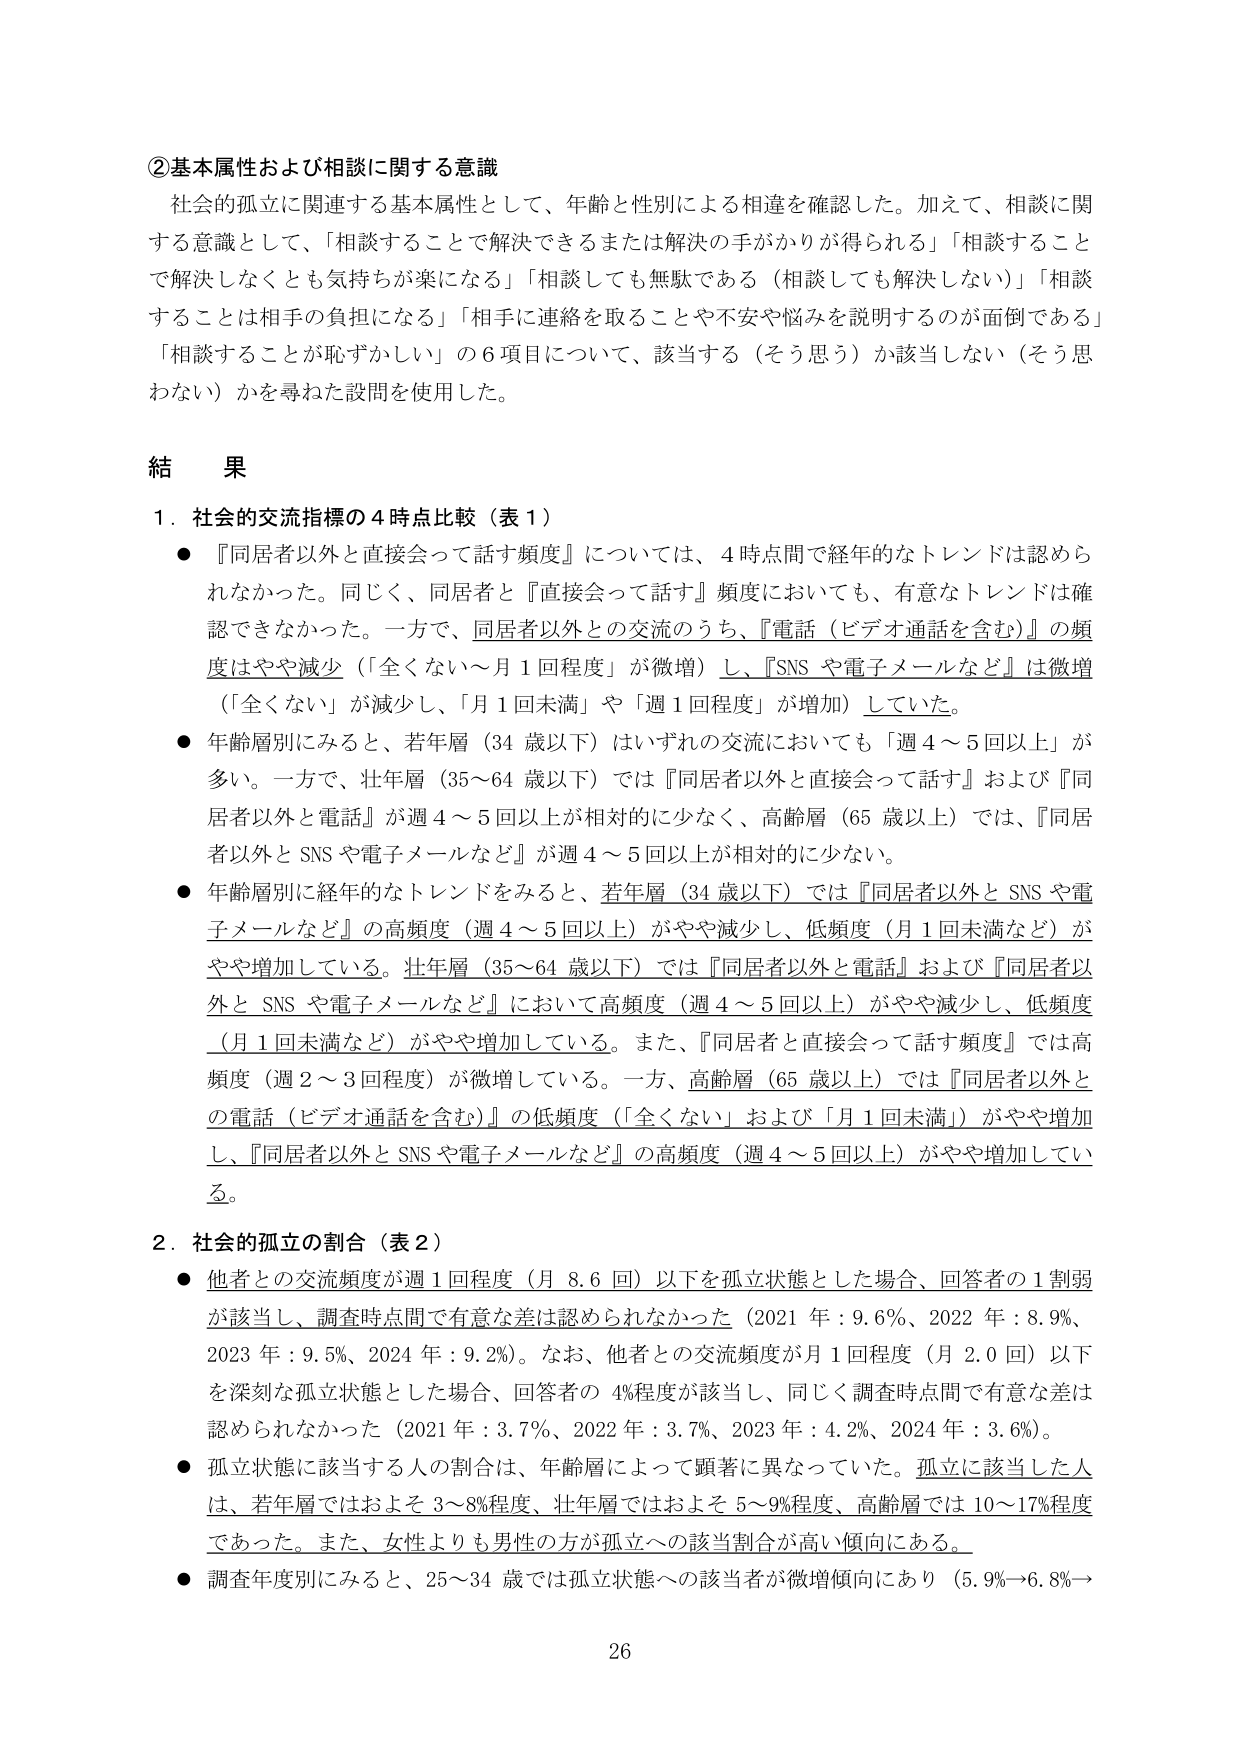
②基本属性および相談に関する意識
社会的孤立に関連する基本属性として、年齢と性別による相違を確認した。加えて、相談に関する意識として、「相談することで解決できるまたは解決の手がかりが得られる」「相談することで解決しなくとも気持ちが楽になる」「相談しても無駄である（相談しても解決しない）」「相談することは相手の負担になる」「相手に連絡を取ることや不安や悩みを説明するのが面倒である」「相談することが恥ずかしい」の6項目について、該当する（そう思う）か該当しない（そう思わない）かを尋ねた設問を使用した。

結果
1．社会的交流指標の4時点比較（表1）
●『同居者以外と直接会って話す頻度』については、4時点間で経年的なトレンドは認められなかった。同じく、同居者と『直接会って話す』頻度においても、有意なトレンドは確認できなかった。一方で、同居者以外との交流のうち、『電話（ビデオ通話を含む）』の頻度はやや減少（「全くない～月1回程度」が微増）し、『SNSや電子メールなど』は微増（「全くない」が減少し、「月1回未満」や「週1回程度」が増加）していた。
●年齢層別にみると、若年層（34歳以下）はいずれの交流においても「週4～5回以上」が多い。一方で、壮年層（35～64歳以下）では『同居者以外と直接会って話す』および『同居者以外と電話』が週4～5回以上が相対的に少なく、高齢層（65歳以上）では、『同居者以外とSNSや電子メールなど』が週4～5回以上が相対的に少ない。
●年齢層別に経年的なトレンドをみると、若年層（34歳以下）では『同居者以外とSNSや電子メールなど』の高頻度（週4～5回以上）がやや減少し、低頻度（月1回未満など）がやや増加している。壮年層（35～64歳以下）では『同居者以外と電話』および『同居者以外とSNSや電子メールなど』において高頻度（週4～5回以上）がやや減少し、低頻度（月1回未満など）がやや増加している。また、『同居者と直接会って話す頻度』では高頻度（週2～3回程度）が微増している。一方、高齢層（65歳以上）では『同居者以外との電話（ビデオ通話を含む）』の低頻度（「全くない」および「月1回未満」）がやや増加し、『同居者以外とSNSや電子メールなど』の高頻度（週4～5回以上）がやや増加している。

2．社会的孤立の割合（表2）
●他者との交流頻度が週1回程度（月8.6回）以下を孤立状態とした場合、回答者の1割弱が該当し、調査時点間で有意な差は認められなかった（2021年：9.6%、2022年：8.9%、2023年：9.5%、2024年：9.2%）。なお、他者との交流頻度が月1回程度（月2.0回）以下を深刻な孤立状態とした場合、回答者の4%程度が該当し、同じく調査時点間で有意な差は認められなかった（2021年：3.7%、2022年：3.7%、2023年：4.2%、2024年：3.6%）。
●孤立状態に該当する人の割合は、年齢層によって顕著に異なっていた。孤立に該当した人は、若年層ではおよそ3～8%程度、壮年層ではおよそ5～9%程度、高齢層では10～17%程度であった。また、女性よりも男性の方が孤立への該当割合が高い傾向にある。
●調査年度別にみると、25～34歳では孤立状態への該当者が微増傾向にあり（5.9%→6.8%→

26